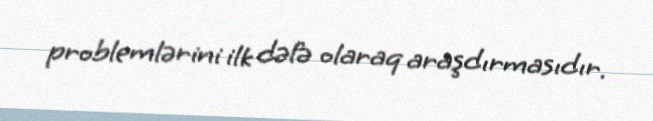
problemlərini ilk dəfə olaraq araşdırmasıdır.